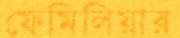
ফেমিলিয়ার